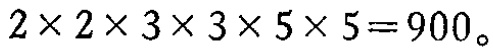
\(2\times2\times3\times3\times5\times5 = 900\)